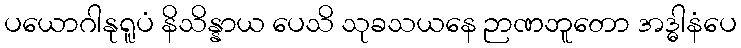
ပယောဂါနုရူပံ နိသိန္နာယ ပေသိ သုခသယနေ ဉာဏဘူတော အဒ္ဓါနံပေ